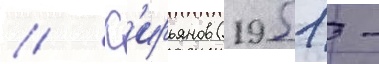
// К'ирьянов (1951 -